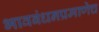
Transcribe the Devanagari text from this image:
भावबंधनप्रमाणेच